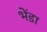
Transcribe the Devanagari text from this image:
भेंडा